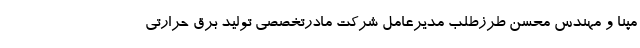
مپنا و مهندس محسن طرزطلب مدیرعامل شرکت مادرتخصصی تولید برق حرارتی